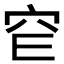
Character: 𥤫